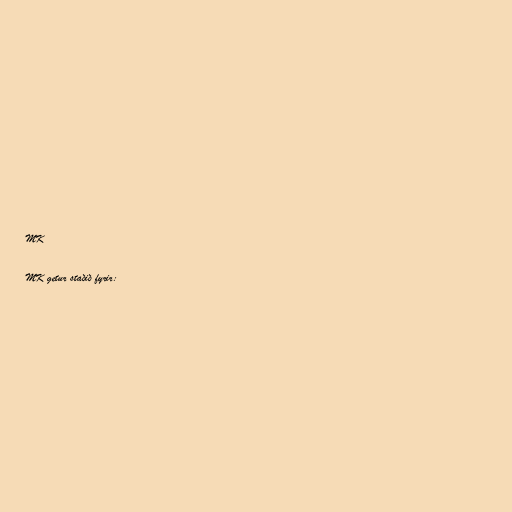
MK

MK getur staðið fyrir: